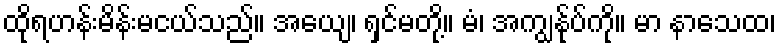
ထိုရဟန်းမိန်းမငယ်သည်။ အယျေ၊ ရှင်မတို့။ မံ၊ အကျွန်ုပ်ကို။ မာ နာသေထ၊